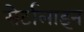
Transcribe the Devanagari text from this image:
सेर्टालाइन